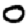
Digit: 0